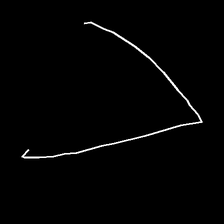
Glyph: region